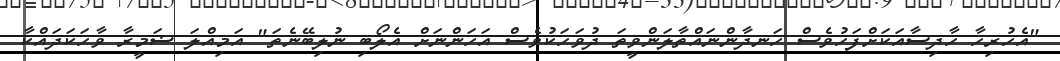
"އެހުރިހާ ހާދިސާއަކަށްފަހުވެސް ހަނދާންނައްތާލަންވީތަ ދުވަހަކުވެސް އަހަންނަށް އެލޯބި ނުލިބޭނެތަ" އަމިއްލަ ޟަމީރާ ވާހަކަދައްކާ